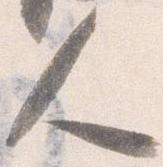
人